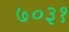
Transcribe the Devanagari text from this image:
७०३१